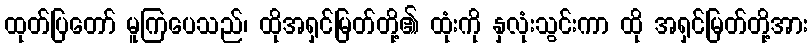
ထုတ်ပြတော် မူကြပေသည်၊ ထိုအရှင်မြတ်တို့၏ ထုံးကို နှလုံးသွင်းကာ ထို အရှင်မြတ်တို့အား